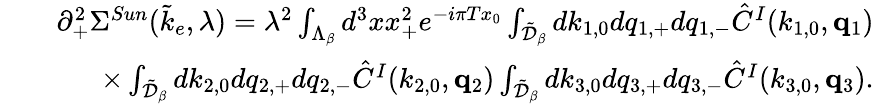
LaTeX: \begin{array}{rlr}&{}&{\partial_{+}^{2}\Sigma^{Sun}(\tilde{k}_{e},\lambda)=\lambda^{2}\int_{\Lambda_{\beta}}d^{3}xx_{+}^{2}e^{-i\pi Tx_{0}}\int_{\tilde{\cal D}_{\beta}}dk_{1,0}dq_{1,+}dq_{1,-}\hat{C}^{I}(k_{1,0},{\mathbf q}_{1})}\\ &{}&{\times\int_{\tilde{\cal D}_{\beta}}dk_{2,0}dq_{2,+}dq_{2,-}\hat{C}^{I}(k_{2,0},{\mathbf q}_{2})\int_{\tilde{\cal D}_{\beta}}dk_{3,0}dq_{3,+}dq_{3,-}\hat{C}^{I}(k_{3,0},{\mathbf q}_{3}).}\end{array}